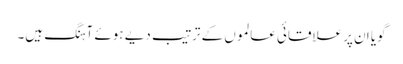
گویا ان پر علاقائی عالموں کے ترتیب دیے ہوئے آہنگ ہیں۔